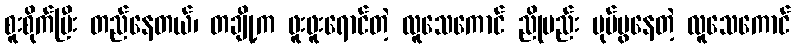
စူးစိုက်ပြီး တည်နေတယ်၊ တချို့က ဖူးဖူးရောင်တဲ့ လူသေကောင် ညိုမည်း ပုပ်ပွနေတဲ့ လူသေကောင်